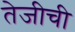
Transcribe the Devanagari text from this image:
तेजीची